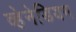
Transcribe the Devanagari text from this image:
व्हेनेडियम